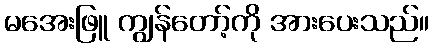
မအေးဖြူ ကျွန်တော့်ကို အားပေးသည်။